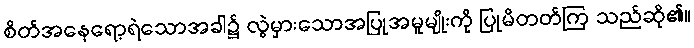
စိတ်အနေရော့ရဲသောအခါ၌ လွဲမှားသောအပြုအမူမျိုးကို ပြုမိတတ်ကြ သည်ဆို၏။